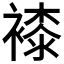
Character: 𧜝